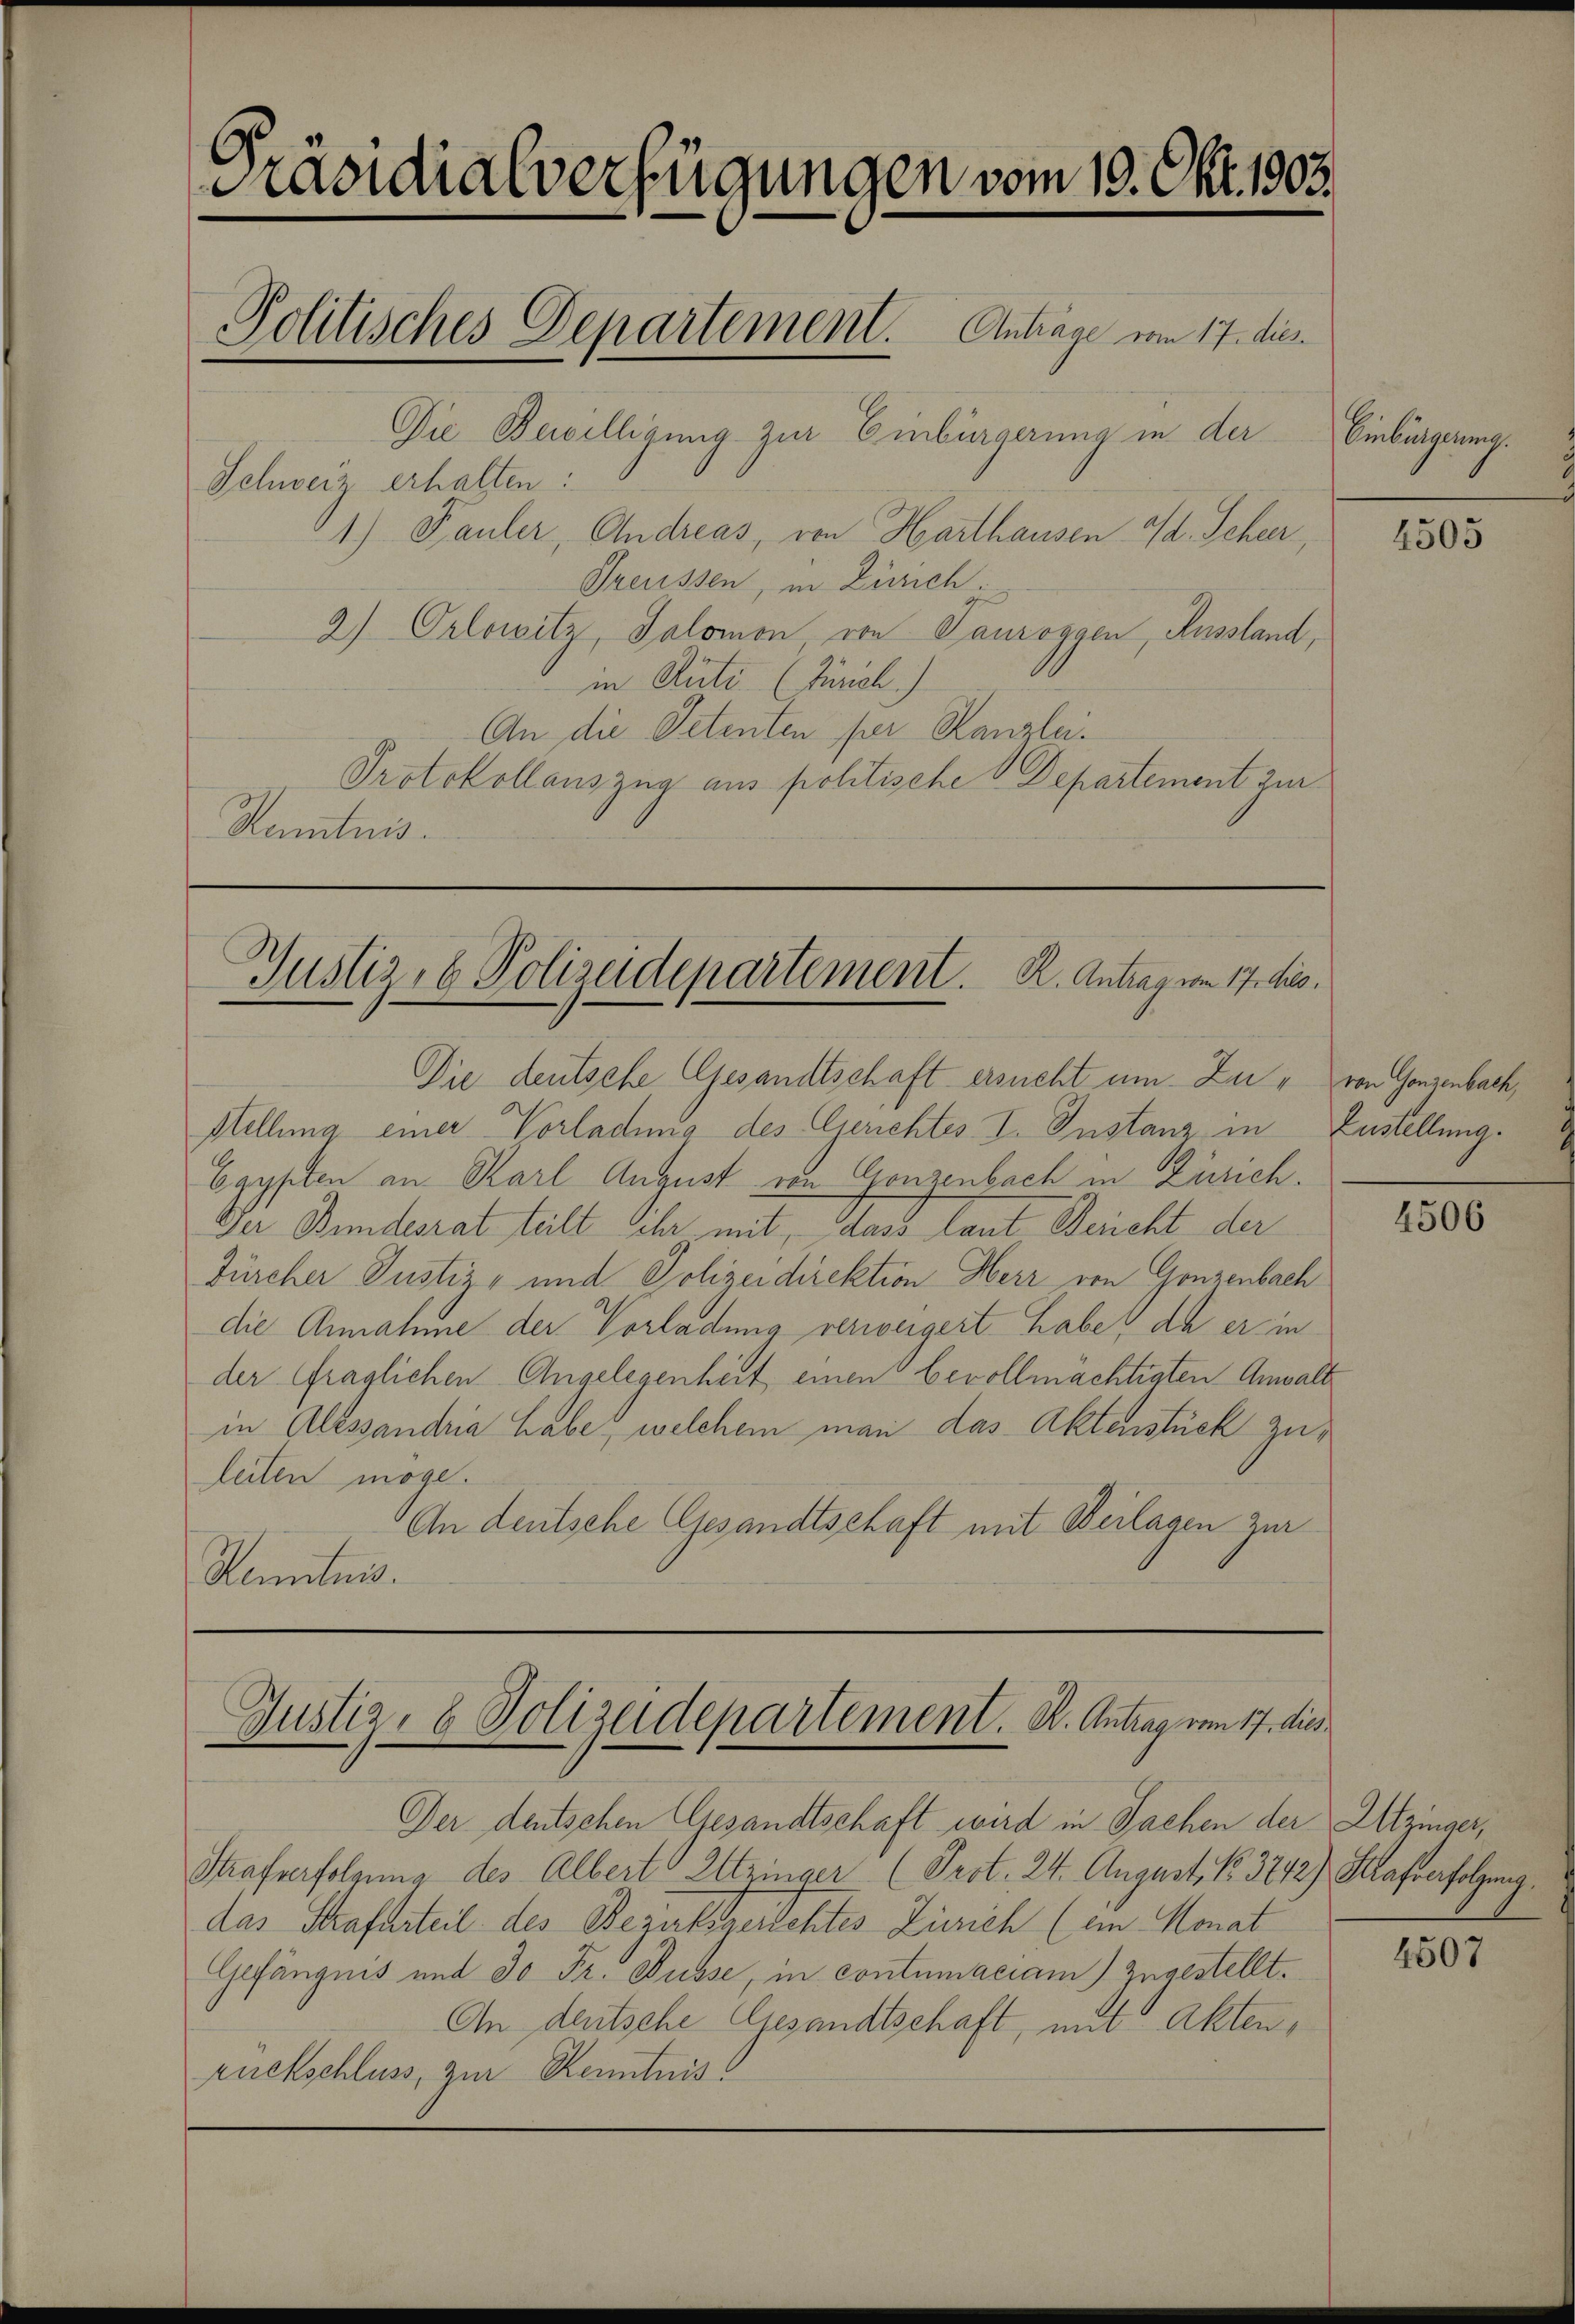
Präsidialverfügungen vom 19. Okt. 1903.
Politisches Departement. Antrage vom 17. dies
Die Bewilligung zur Einbürgerung in der
Schweiz erhalten:
1) Pauler, Andreas, von Harthausen Kt. Scheer,
Preussen, in Zürich
2) Orlowitz, Salomon von Tauroggen, Russland,
in Guts (Zürich.)

An die Petenten per Kanzlei.
Protokollauszug aus politische Departement zur
Kenntnis.

Justiz- & Polizeidepartement. K. Antrag vom 17. dies

Justiz- & Polizeidepartement. K. Antrag vom 17. dies
Der deutschen Gesandtschaft wird in Sachen der Utzinger,

Die deutsche Gesandtschaft ersucht um Zur " von Gonzenbach,
Stellung einer Vorladung des Gerichtes I. Instanz in Zustellung.
Egypten an Karl August von Gonzenbach in Zürich.
Der Bundesrat teilt ihr mit, dass laut Bericht der
Zürcher Justiz- und Polizeidirektion Herr von Gonzenbach
die Annahme der Vorladung verweigert habe, da er in
der fraglichen Angelegenheit, einen bevollmächtigten Anwalt
in Alessandria habe, welchem man das Aktenstück zu¬
Leiten möge.
An deutsche Gesandtschaft mit Verlagen zur
Kenntnis.

Strafverfolgung des Albert Utzinger (Prot. 24. August No. 3742) Strafverfolgung.
das Strafurteil des Bezirksgerichtes Zürich (ein Monat
Gefängnis mit 30 Fr. Nüsse, in contumaciam) Zugestellt.
An deutsche Gesandtschaft, mit Akten,
rückschluss, zur Kenntnis

Einburgerung.

4505

4506

4507